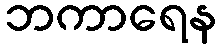
ဘကာရေန